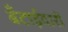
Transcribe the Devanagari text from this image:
बँटाईदारों